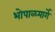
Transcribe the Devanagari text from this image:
भोपाळमार्गे